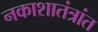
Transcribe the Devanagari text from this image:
नकाशातंत्रांत